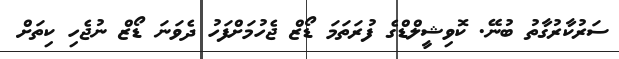
ސަރުކާރުގާތު ބުނޭ. ކޮވިޝީލްޑްގެ ފުރަތަމަ ޑޯޒް ޖެހުމަށްފަހު ދެވަނަ ޑޯޒް ނުޖެހި ކިތަށް